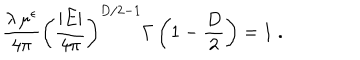
LaTeX: \frac { \lambda \, \mu ^ { \epsilon } } { 4 \pi } \left( \frac { | E | } { 4 \pi } \right) ^ { { D } / 2 - 1 } \Gamma \left( 1 - \frac { D } { 2 } \right) = 1 \; .